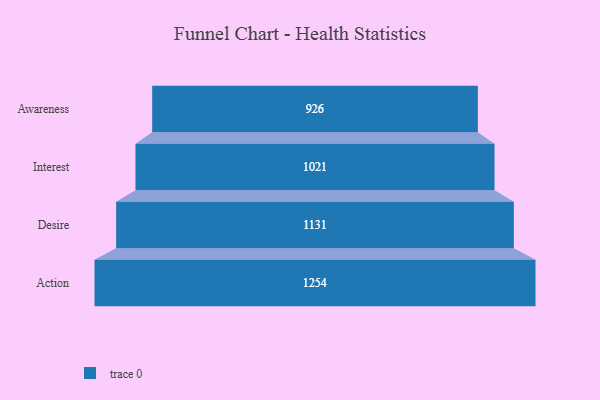
{"axis": {"x": "Stage", "y": "Value"}, "legend": [""], "data": [{"x": "Awareness", "y": 926.0, "type": ""}, {"x": "Interest", "y": 1021.0, "type": ""}, {"x": "Desire", "y": 1131.0, "type": ""}, {"x": "Action", "y": 1254.0, "type": ""}]}